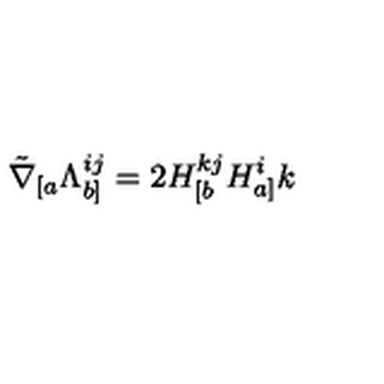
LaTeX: \tilde { \nabla } _ { [ a } \Lambda _ { b ] } ^ { i j } = 2 H _ { [ b } ^ { k j } H _ { a ] } ^ { i } { k }